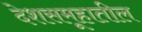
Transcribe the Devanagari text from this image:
देशसमूहातील